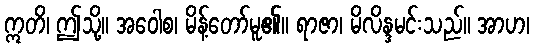
ဣတိ၊ ဤသို့။ အဝေါစ၊ မိန့်တော်မူ၏။ ရာဇာ၊ မိလိန္ဒမင်းသည်။ အာဟ၊